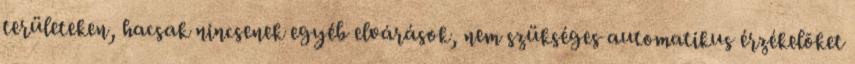
területeken, hacsak nincsenek egyéb elvárások, nem szükséges automatikus érzékelõket